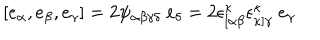
[ e _ { \alpha } , e _ { \beta } , e _ { \gamma } ] = 2 \psi _ { \alpha \beta \gamma \delta } ~ e _ { \delta } = 2 \epsilon _ { [ \alpha \beta } ^ { \kappa } \epsilon _ { \kappa ] \gamma } ^ { \kappa } ~ e _ { \gamma }